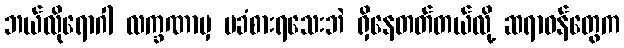
ဘယ်လိုရောဂါ လက္ခဏာမှ မခံစားရသေးဘဲ ရှိနေတတ်တယ်လို့ ဆရာဝန်တွေက